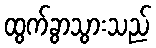
ထွက်ခွာသွားသည်